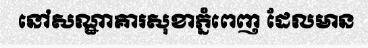
នៅសណ្ឋាគារសុខាភ្នំពេញ ដែលមាន